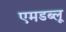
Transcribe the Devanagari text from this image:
एमडब्लू